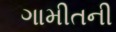
ગામીતની